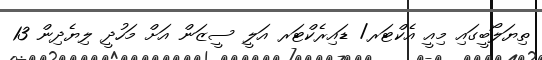
ތިޔަލޯބީގައި މިއީ އެކްޓަރ/ ޑައިރެކްޓަރ އަލީ ސީޒަން އަށް މަހުދީ ލިޔެދިން 13